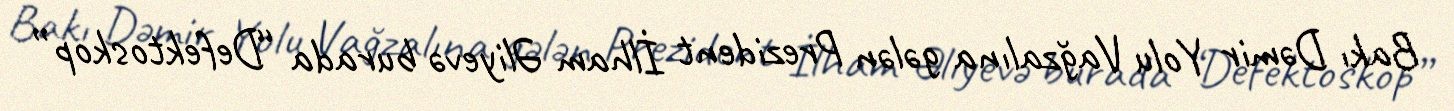
Bakı Dəmir Yolu Vağzalına gələn Prezident İlham Əliyevə burada “Defektoskop”